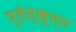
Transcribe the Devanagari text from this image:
प्लेस्कूल्स